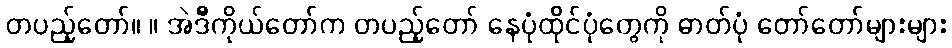
တပည့်တော်။ ။ အဲဒီကိုယ်တော်က တပည့်တော် နေပုံထိုင်ပုံတွေကို ဓာတ်ပုံ တော်တော်များများ